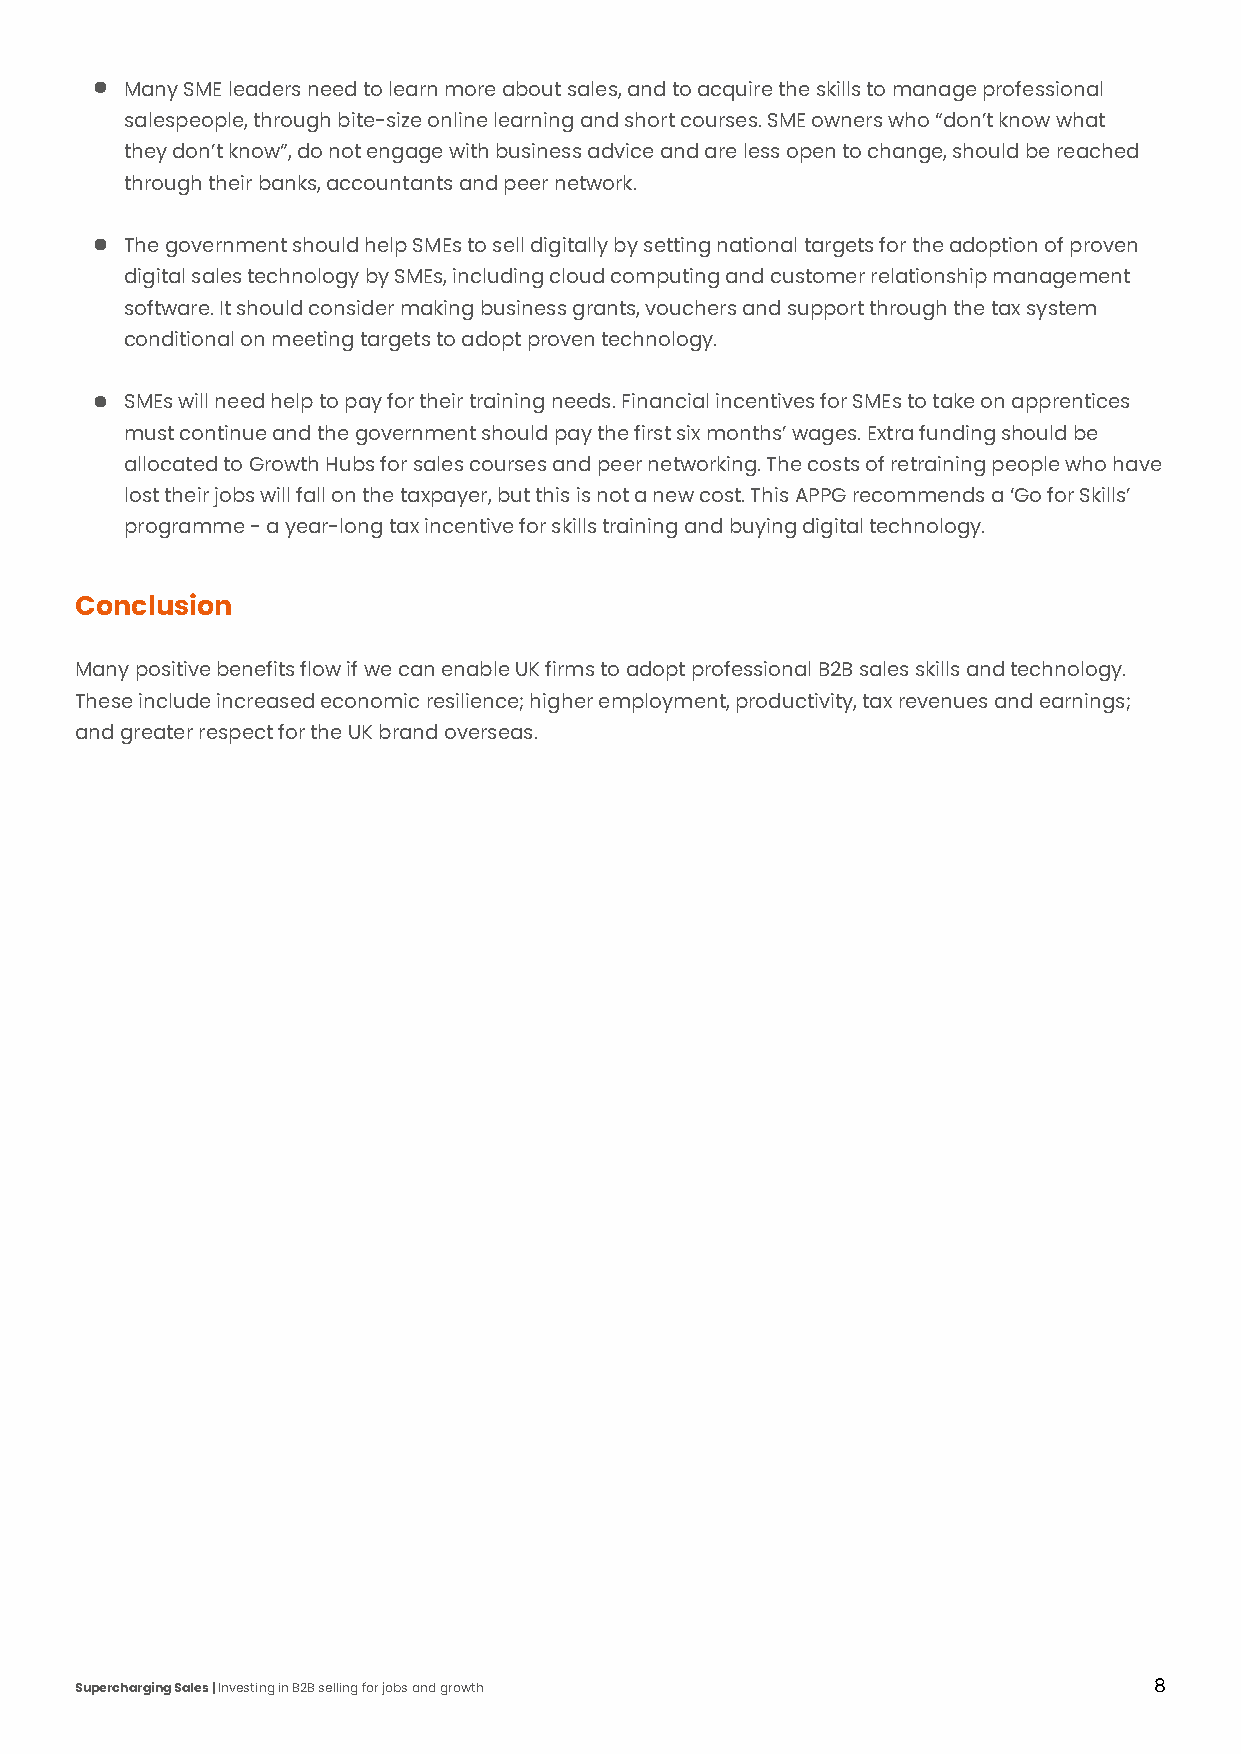
Many SME leaders need to learn more about sales, and to acquire the skills to manage professional
 salespeople, through bite-size online learning and short courses. SME owners who “don’t know what
 they don’t know”, do not engage with business advice and are less open to change, should be reached
 through their banks, accountants and peer network.
 The government should help SMEs to sell digitally by setting national targets for the adoption of proven
 digital sales technology by SMEs, including cloud computing and customer relationship management
 software. It should consider making business grants, vouchers and support through the tax system
 conditional on meeting targets to adopt proven technology.
 SMEs will need help to pay for their training needs. Financial incentives for SMEs to take on apprentices
 must continue and the government should pay the first six months’ wages. Extra funding should be
 allocated to Growth Hubs for sales courses and peer networking. The costs of retraining people who have
 lost their jobs will fall on the taxpayer, but this is not a new cost. This APPG recommends a ‘Go for Skills’
 programme - a year-long tax incentive for skills training and buying digital technology.
 Conclusion
 Many positive benefits flow if we can enable UK firms to adopt professional B2B sales skills and technology.
 These include increased economic resilience; higher employment, productivity, tax revenues and earnings;
 and greater respect for the UK brand overseas.
 Supercharging Sales | Investing in B2B selling for jobs and growth     8